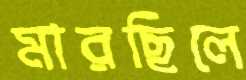
মারছিলে